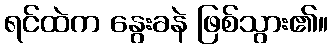
ရင်ထဲက နွေးခနဲ ဖြစ်သွား၏။